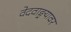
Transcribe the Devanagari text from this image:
वेदवाङ्मयावर